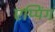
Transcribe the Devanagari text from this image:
एप्पिंग